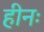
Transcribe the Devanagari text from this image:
हीनः